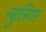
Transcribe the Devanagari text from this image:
न्युलिय्स